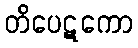
တိပေဋကော